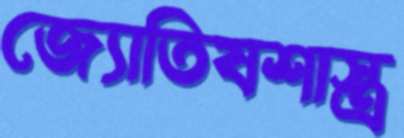
জ্যোতিষশাস্ত্র